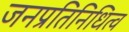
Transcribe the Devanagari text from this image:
जनप्रतिनिधित्व